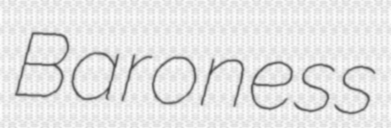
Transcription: Baroness